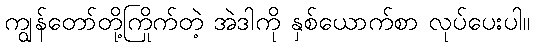
ကျွန်တော်တို့ကြိုက်တဲ့ အဲဒါကို နှစ်ယောက်စာ လုပ်ပေးပါ။